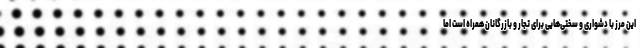
این مرز با دشواری و سختی‌هایی برای تجار و بازرگانان همراه است اما